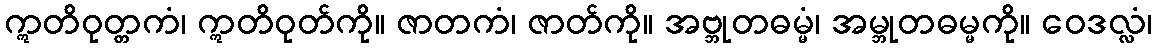
ဣတိဝုတ္တကံ၊ ဣတိဝုတ်ကို။ ဇာတကံ၊ ဇာတ်ကို။ အဗ္ဘုတဓမ္မံ၊ အမ္ဘုတဓမ္မကို။ ဝေဒလ္လံ၊